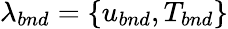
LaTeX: \lambda_{bnd}=\{ u_{bnd},T_{bnd}\}